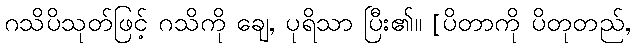
ဂသိပိသုတ်ဖြင့် ဂသိကို ချေ, ပုရိသာ ပြီး၏။ [ပိတာကို ပိတုတည်,